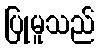
ပြုမူသည်